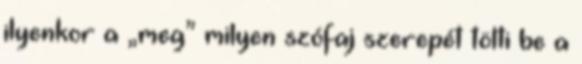
ilyenkor a „meg” milyen szófaj szerepét tölti be a